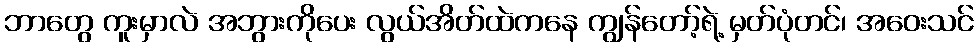
ဘာတွေ ကူးမှာလဲ အဘွားကိုပေး လွယ်အိတ်ထဲကနေ ကျွန်တော့်ရဲ့ မှတ်ပုံတင်၊ အဝေးသင်